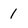
Character: 1